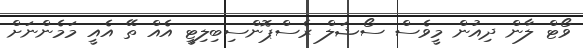
ވޯޓް ލާން ދިއުން މީވެސް ސޯޝަލް ރެސްޕޮންސިބިލިޓީ އެއް ތޭ އެއީ މަމެންނަށް